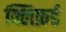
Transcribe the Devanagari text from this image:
क्लिफ़र्ड